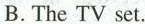
B. The TV set.